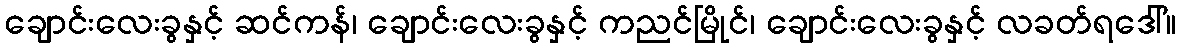
ချောင်းလေးခွနှင့် ဆင်ကန်၊ ချောင်းလေးခွနှင့် ကညင်မြိုင်၊ ချောင်းလေးခွနှင့် လခတ်ရဒေါ်။